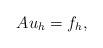
LaTeX: \begin{align*} Au_h=f_h,\end{align*}